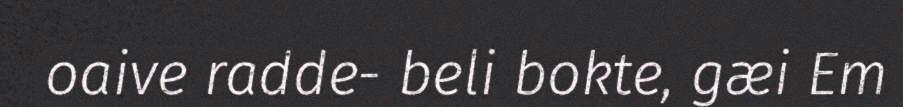
oaive radde- beli bokte, gæi Em